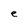
Character: e